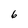
Character: 6